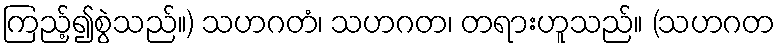
ကြည့်၍စွဲသည်။) သဟဂတံ၊ သဟဂတ၊ တရားဟူသည်။ (သဟဂတ